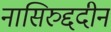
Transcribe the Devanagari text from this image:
नासिरुद्ददीन